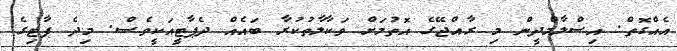
އެއްގޮތް. އިސްލާމްދީން މި ރާއްޖޭގެ އޮތުމަށް ވަކާލާތުކުރާ ބައެއް ދެޕާޓީއަކީވެސް. މިދެ ޕާޓިގެ